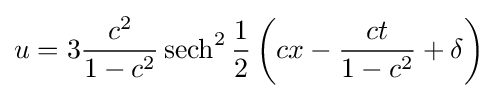
u=3{\frac {c^{2}}{1-c^{2}}}\operatorname {sech} ^{2}{\frac {1}{2}}\left(cx-{\frac {ct}{1-c^{2}}}+\delta \right)